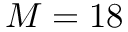
M = 1 8